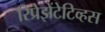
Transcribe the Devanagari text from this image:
रिप्रेझेंटेटिव्हस